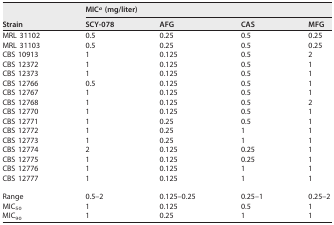
| <ROWSPAN=2> Strain | <COLSPAN=4> MICa (mg/liter) |
 | SCY-078 | AFG | CAS | MFG |
 | --- | --- | --- | --- | --- |
 | MRL 31102 | 0.5 | 0.25 | 0.5 | 0.25 |
 | MRL 31103 | 0.5 | 0.25 | 0.5 | 0.25 |
 | CBS 10913 | 1 | 0.125 | 0.5 | 2 |
 | CBS 12372 | 1 | 0.125 | 0.5 | 1 |
 | CBS 12373 | 1 | 0.125 | 0.5 | 1 |
 | CBS 12766 | 0.5 | 0.125 | 0.5 | 1 |
 | CBS 12767 | 1 | 0.125 | 0.5 | 1 |
 | CBS 12768 | 1 | 0.125 | 0.5 | 2 |
 | CBS 12770 | 1 | 0.125 | 0.5 | 1 |
 | CBS 12771 | 1 | 0.25 | 0.5 | 1 |
 | CBS 12772 | 1 | 0.25 | 1 | 1 |
 | CBS 12773 | 1 | 0.25 | 1 | 1 |
 | CBS 12774 | 2 | 0.125 | 0.25 | 1 |
 | CBS 12775 | 1 | 0.125 | 0.25 | 1 |
 | CBS 12776 | 1 | 0.125 | 1 | 1 |
 | CBS 12777 | 1 | 0.125 | 1 | 1 |
 | Range | 0.5–2 | 0.125–0.25 | 0.25–1 | 0.25–2 |
 | MIC50 | 1 | 0.125 | 0.5 | 1 |
 | MIC90 | 1 | 0.25 | 1 | 1 |